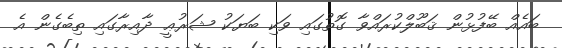
ބައެއް ބޭފުޅުން ޤަބޫލްކުރައްވާ ގޮތުގައި ވަކި ބަޔަކު ޝަރުޢީ ދާއިރާގައި ތިބެގެން އެ